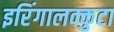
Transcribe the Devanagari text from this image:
इरिंगालक्कुटा